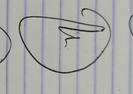
Signature authenticity: genuine